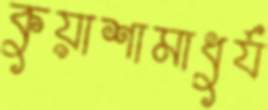
কুয়াশামাধুর্য